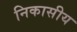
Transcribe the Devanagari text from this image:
निकासीय